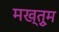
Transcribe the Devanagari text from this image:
मख्तुूम